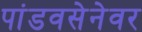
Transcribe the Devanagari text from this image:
पांडवसेनेवर